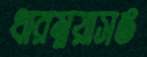
ধারম্নয়াসঙ